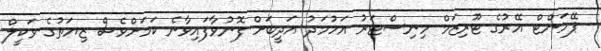
ޕޭމަންޓް އޭރުގެ ޓޫރިޒަމް މިނިސްޓަރު އަހުމަދު އަދީބަށް ފޮނުވާފައިވާނެ ކަމަށްވެސް ޒިޔަތުގެ ވަކީލް